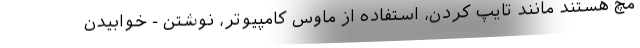
مچ هستند مانند تایپ کردن، استفاده از ماوس کامپیوتر، نوشتن - خوابیدن